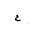
Letter: _ayn